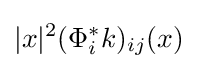
|x|^{2}(\Phi _{i}^{\ast }k)_{ij}(x)